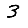
Digit: 3